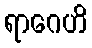
ရာဂေဟိ